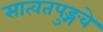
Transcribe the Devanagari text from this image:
सात्वतपुङ्गवे